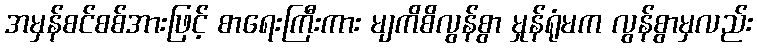
အမှန်စင်စစ်အားဖြင့် စာရေးကြီးကား မျကိစိလွန်စွာ မှုန်ရုံမက လွန်စွာမှလည်း